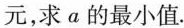
元，求α的最小值.